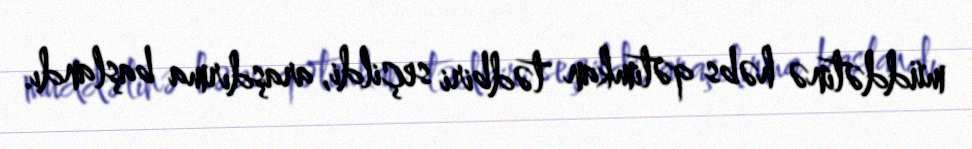
müddətinə həbs qətimkan tədbiri seçildi, araşdırma başlandı.